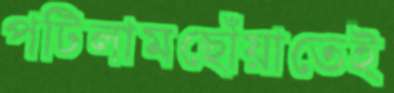
পটিলামছোঁয়াতেই